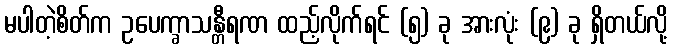
မပါတဲ့စိတ်က ဥပေက္ခာသန္တီရဏ ထည့်လိုက်ရင် (၅) ခု အားလုံး (၉) ခု ရှိတယ်လို့